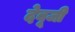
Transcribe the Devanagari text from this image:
देबूजी